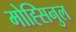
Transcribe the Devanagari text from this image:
मोह्सिनुल